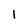
Character: I